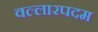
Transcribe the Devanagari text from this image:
वल्लारपदम